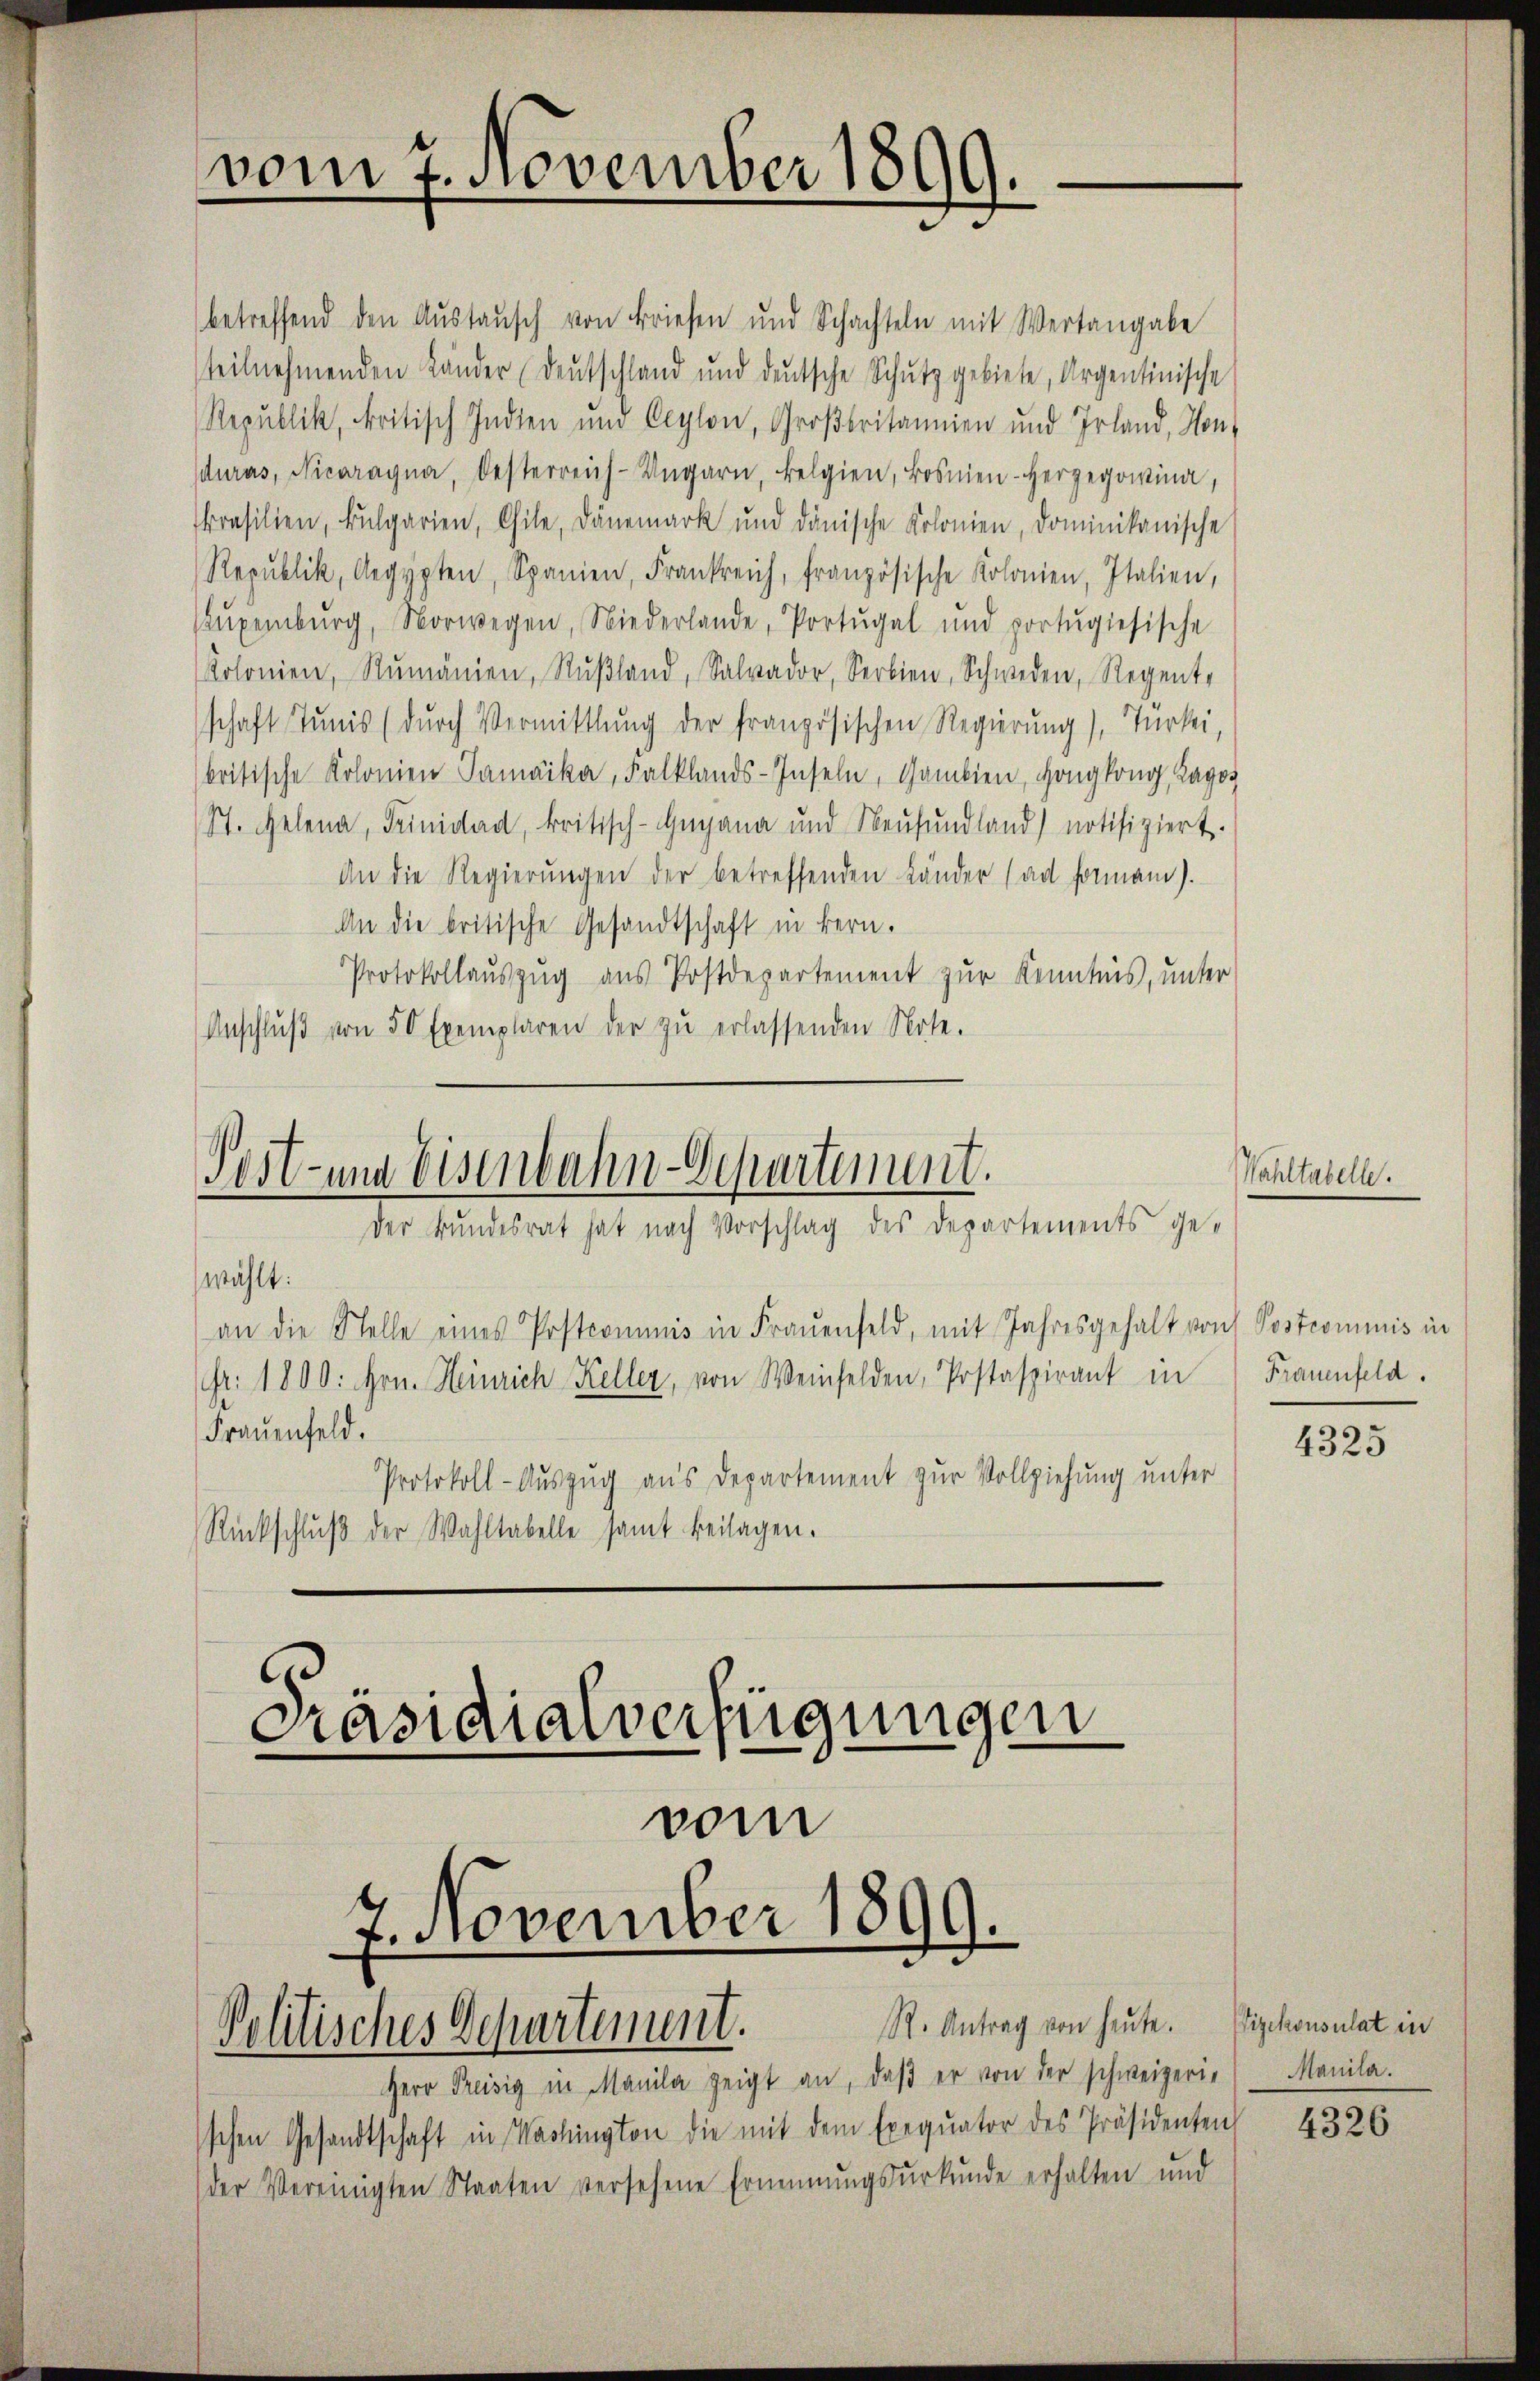
vom 7. November 1899.

betreffend den Aŭstaŭsch von Briefen und Schachteln mit Wertangabe
teilnehmenden Länder Deutschland und deutsche Schŭtz gebiete, Argentinische
Republik, kritisch Indien und Ceylon, Großbritannien und Irland, Honduras, Nicaragna, Oesterreich-Ungarn, belgien, Bosnien-Herzegowina,
konsilien, Bulgarien, Chile, Dänemark und dänische Kolonien, dominikanische
Republik, Aegypten, Spanien, Frankreich, französische Kolonien, Italien,
Bŭxenburg, Norwegen, Niederlande, Portŭgel und portŭgiesische
Kolonien, Rumänien, Rußland, Salvador, Serbien, Schweden, Regent-
schaft Tunis (dŭrch Vermittlung der französischen Regierung), Turtei,
britische Kolonien Samäika, Falklands-Inseln, Gambien, Hongkong, Ragot
St. Gelena, Trinidad, kritisch-Gugana und Neŭfŭndland) notifiziert.
An die Regierŭngen der betreffenden Länder (ad Formam).
An die britische Gesandtschaft in Bern.
Protokollauszug aus Postdepartement zur Kenntnis, unter
Anschlŭβ von 50 Exemplaren der zŭ erlassenden Note.

Post- und Eisenbahn-Departement.
Der Bundesrat hat nach Vorschlag des Departements ge¬

Wahltabelle.

wählt:
an die Stelle eines Postcommis in Frauenfeld, mit Jahresgehalt von Postcommis in
fr. 1890. Hrn. Heinrich Keller, von Weinfelden, Postaspirant in
Frauenfeld.
Protokoll-Auszug aus Departement zur Vollziehung unter
Rückschlŭβ der Wahltabelle samt beilagen.

Frauenfeld.

4325

Präsidialverfügungen

vom
7. November 1899.
R. Antrag von heute.
Politisches Departement.

Vizekonsulat in

Herr Preisig in Manila zeigt an, daβ er von der schweizeris Manila.
schen Gesandtschaft in Washington die mit dem Exequator des Präsidenten
der Vereinigten Staaten versehene Erinnŭngsŭrkŭnde erhalten und

4326